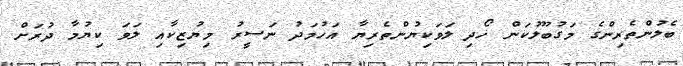
ބެލުންތެރިންގެ މަގުބޫލުކަން ހޯދި ލަވަކިޔުންތެރިޔާ އަހުމަދު ނަސީރު މިޔުޒިކާއި ލަވަ ކިޔުމާ ދުރަށް